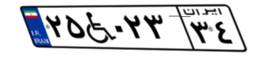
۲۵W۰۲۳۳۴